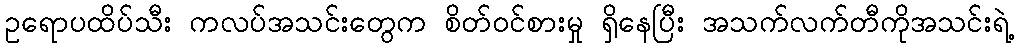
ဥရောပထိပ်သီး ကလပ်အသင်းတွေက စိတ်ဝင်စားမှု ရှိနေပြီး အသက်လက်တီကိုအသင်းရဲ့